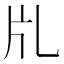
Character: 𤖨